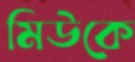
মিউকে